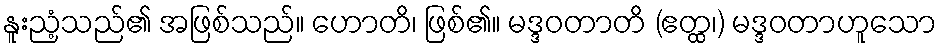
နူးညံ့သည်၏ အဖြစ်သည်။ ဟောတိ၊ ဖြစ်၏။ မဒ္ဒဝတာတိ (ဧတ္ထ၊) မဒ္ဒဝတာဟူသော